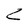
Character: Z